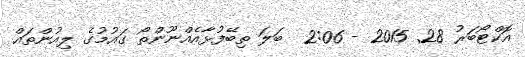
އޮކްޓޯބަރު 28